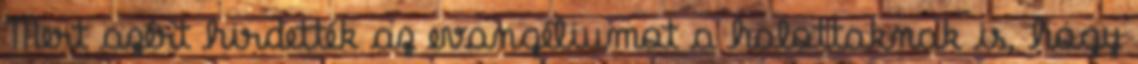
Mert azért hirdették az evangéliumot a halottaknak is, hogy